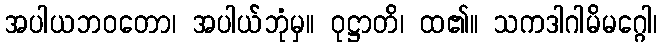
အပါယဘဝတော၊ အပါယ်ဘုံမှ။ ဝုဋ္ဌာတိ၊ ထ၏။ သကဒါဂါမိမဂ္ဂေါ၊